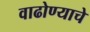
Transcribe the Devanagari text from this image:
वाढोण्याचे